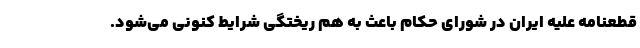
قطعنامه علیه ایران در شورای حکام باعث به هم ریختگی شرایط کنونی می‌شود.